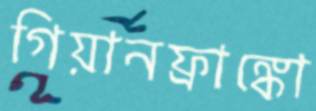
গিয়ানফ্রাঙ্কো